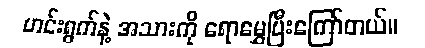
ဟင်းရွက်နဲ့ အသားကို ရောမွှေပြီးကြော်တယ်။